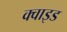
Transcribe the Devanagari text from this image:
क्वाइड